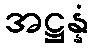
အဋ္ဌန္နံ